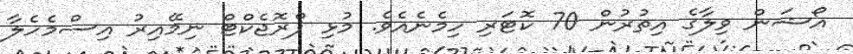
އޯޝަން ވިލާގެ އިތުރުން 70 ކޮޓަރި ހިމެނެއެވެ. މުޅި ޕްރޮޖެކްޓް ނިމޭއިރު އިސްމެހެލާ